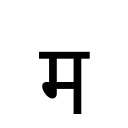
OCR:
म